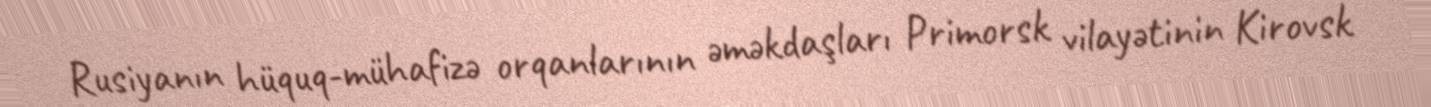
Rusiyanın hüquq-mühafizə orqanlarının əməkdaşları Primorsk vilayətinin Kirovsk